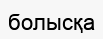
болысқа